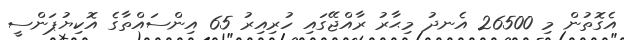
އެގޮތުން މި 26500 އެނދު މިޙާރު ރާއްޖޭގައި ހުރިއިރު 65 އިންސައްތާގެ އޮކިޔުޕަންސީ